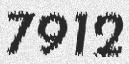
7912